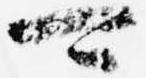
可